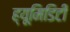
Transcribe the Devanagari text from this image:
ह्यूमिडिटी